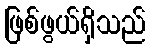
ဖြစ်ဖွယ်ရှိသည်